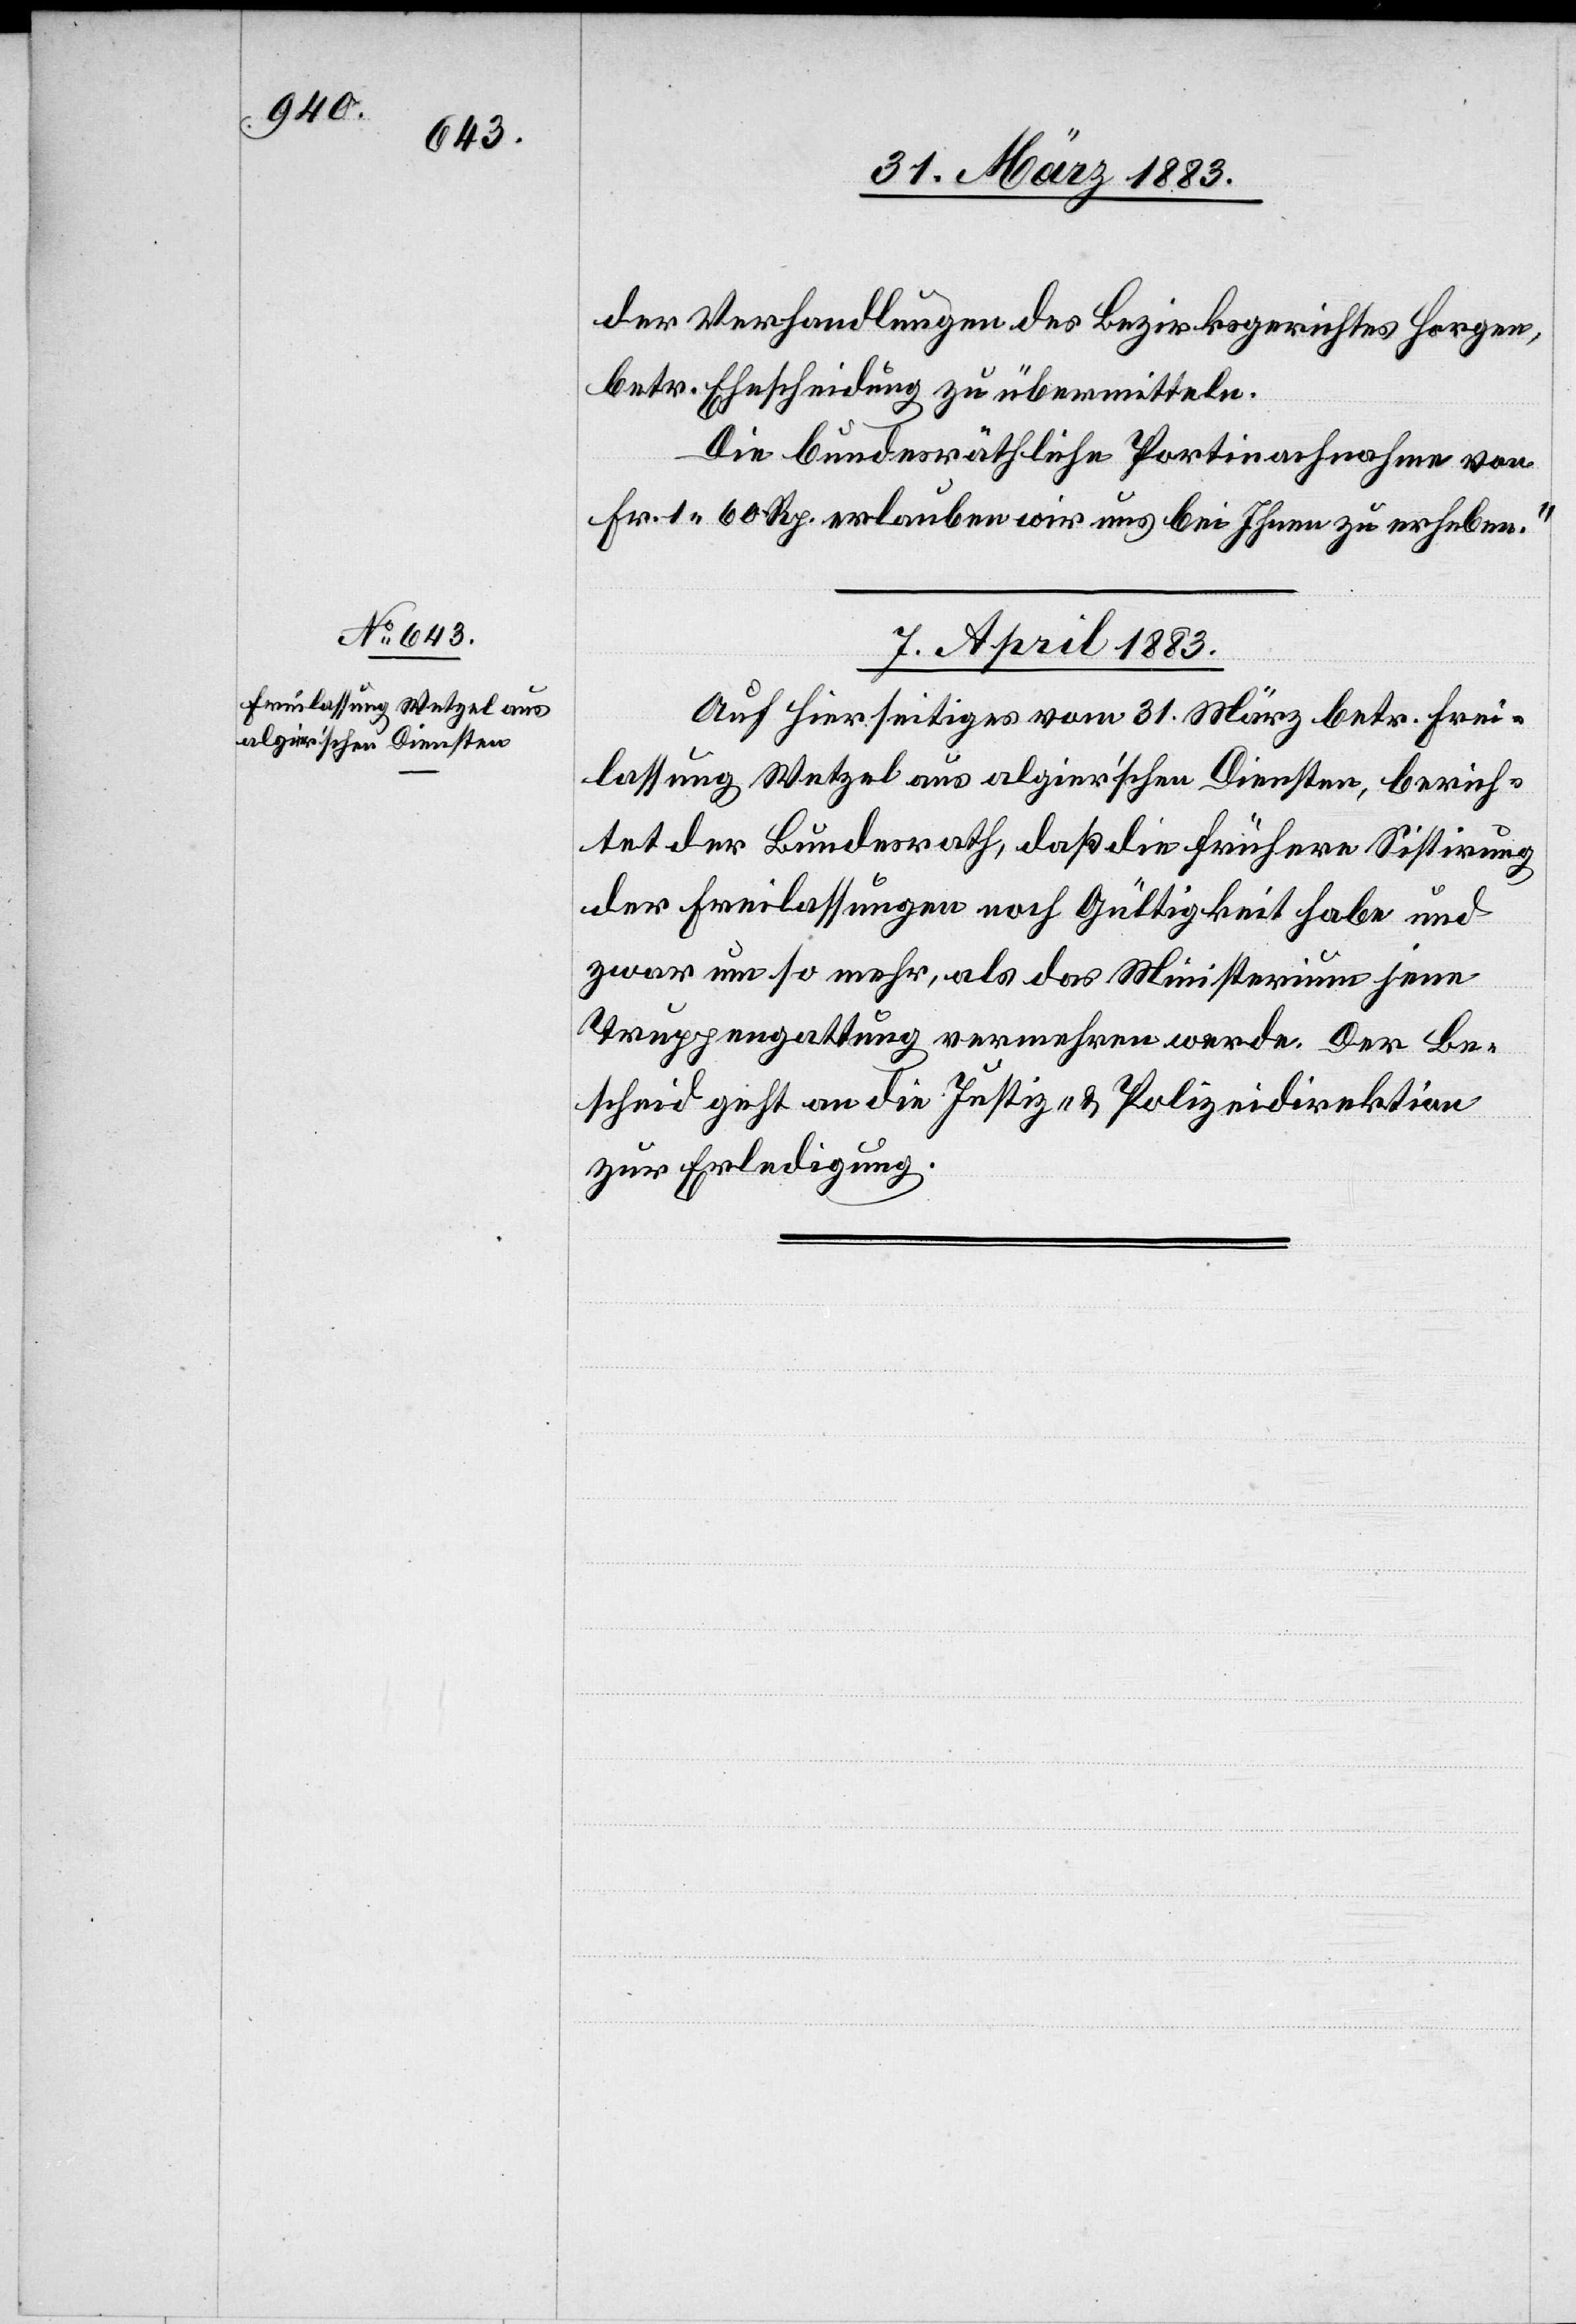
der Verhandlungen des Bezirksgerichtes Horgen,
betr. Ehescheidung zu übermitteln.
Die bundesräthliche Portinachnahme von
Fr. 1 60 Rp. erlauben wir uns bei Ihnen zu erheben.“
7. April 1883.
Auf Hierseitiges vom 31. März betr. Frei¬
lassung Wetzel aus algierʼschen Diensten, berich¬
tet der Bundesrath, daß die frühere Sistirung
der Freilassungen noch Gültigkeit habe und
zwar um so mehr, als das Ministerium jene
Truppengattung vermehren werde. Der Be¬
scheid geht an die Justiz- & Polizeidirektion
zur Erledigung.